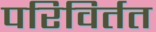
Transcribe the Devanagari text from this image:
परिविर्तत